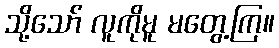
သို့သော် လူကိုမူ မတွေ့ကြ။